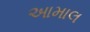
આમાલ